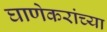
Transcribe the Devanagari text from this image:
घाणेकरांच्या